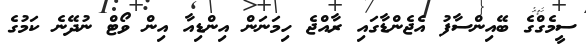
ސީމެގްގެ ބޭއިންސާފު އެޖެންޑާގައި ރާއްޖެ ހިމަނަން އިންޑިއާ އިން ވޯޓް ނުދޭނެ ކަމުގެ